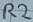
Text: R2